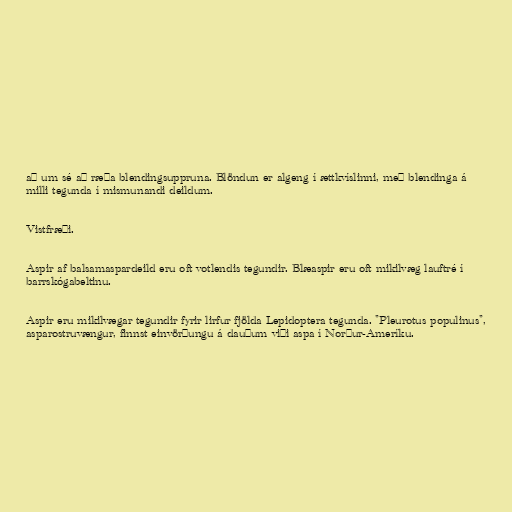
að um sé að ræða blendingsuppruna. Blöndun er algeng í ættkvíslinni, með blendinga á
milli tegunda í mismunandi deildum.

Vistfræði.

Aspir af balsamaspardeild eru oft votlendis tegundir. Blæaspir eru oft mikilvæg lauftré í
barrskógabeltinu.

Aspir eru mikilvægar tegundir fyrir lirfur fjölda Lepidoptera tegunda. "Pleurotus populinus",
asparostruvængur, finnst einvörðungu á dauðum viði aspa í Norður-Ameríku.